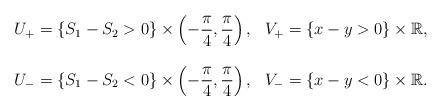
LaTeX: \begin{align*}\begin{array}{ll}U_+=\left\{S_1-S_2>0\right\} \times \left(-\dfrac {\pi}{4},\dfrac{\pi}{4}\right),&V_+=\left\{x-y>0\right\}\times \mathbb{R},\\ & \\U_-=\left\{S_1-S_2<0\right\} \times \left(-\dfrac {\pi}{4},\dfrac{\pi}{4}\right),& V_-=\left\{x-y<0\right\}\times \mathbb{R}.\end{array}\end{align*}